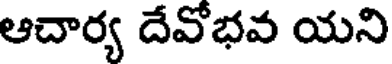
ఆచార్య దేవోభవ యని